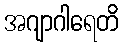
အဂျာဂါရေတိ